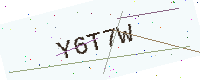
Text: Y6T7W